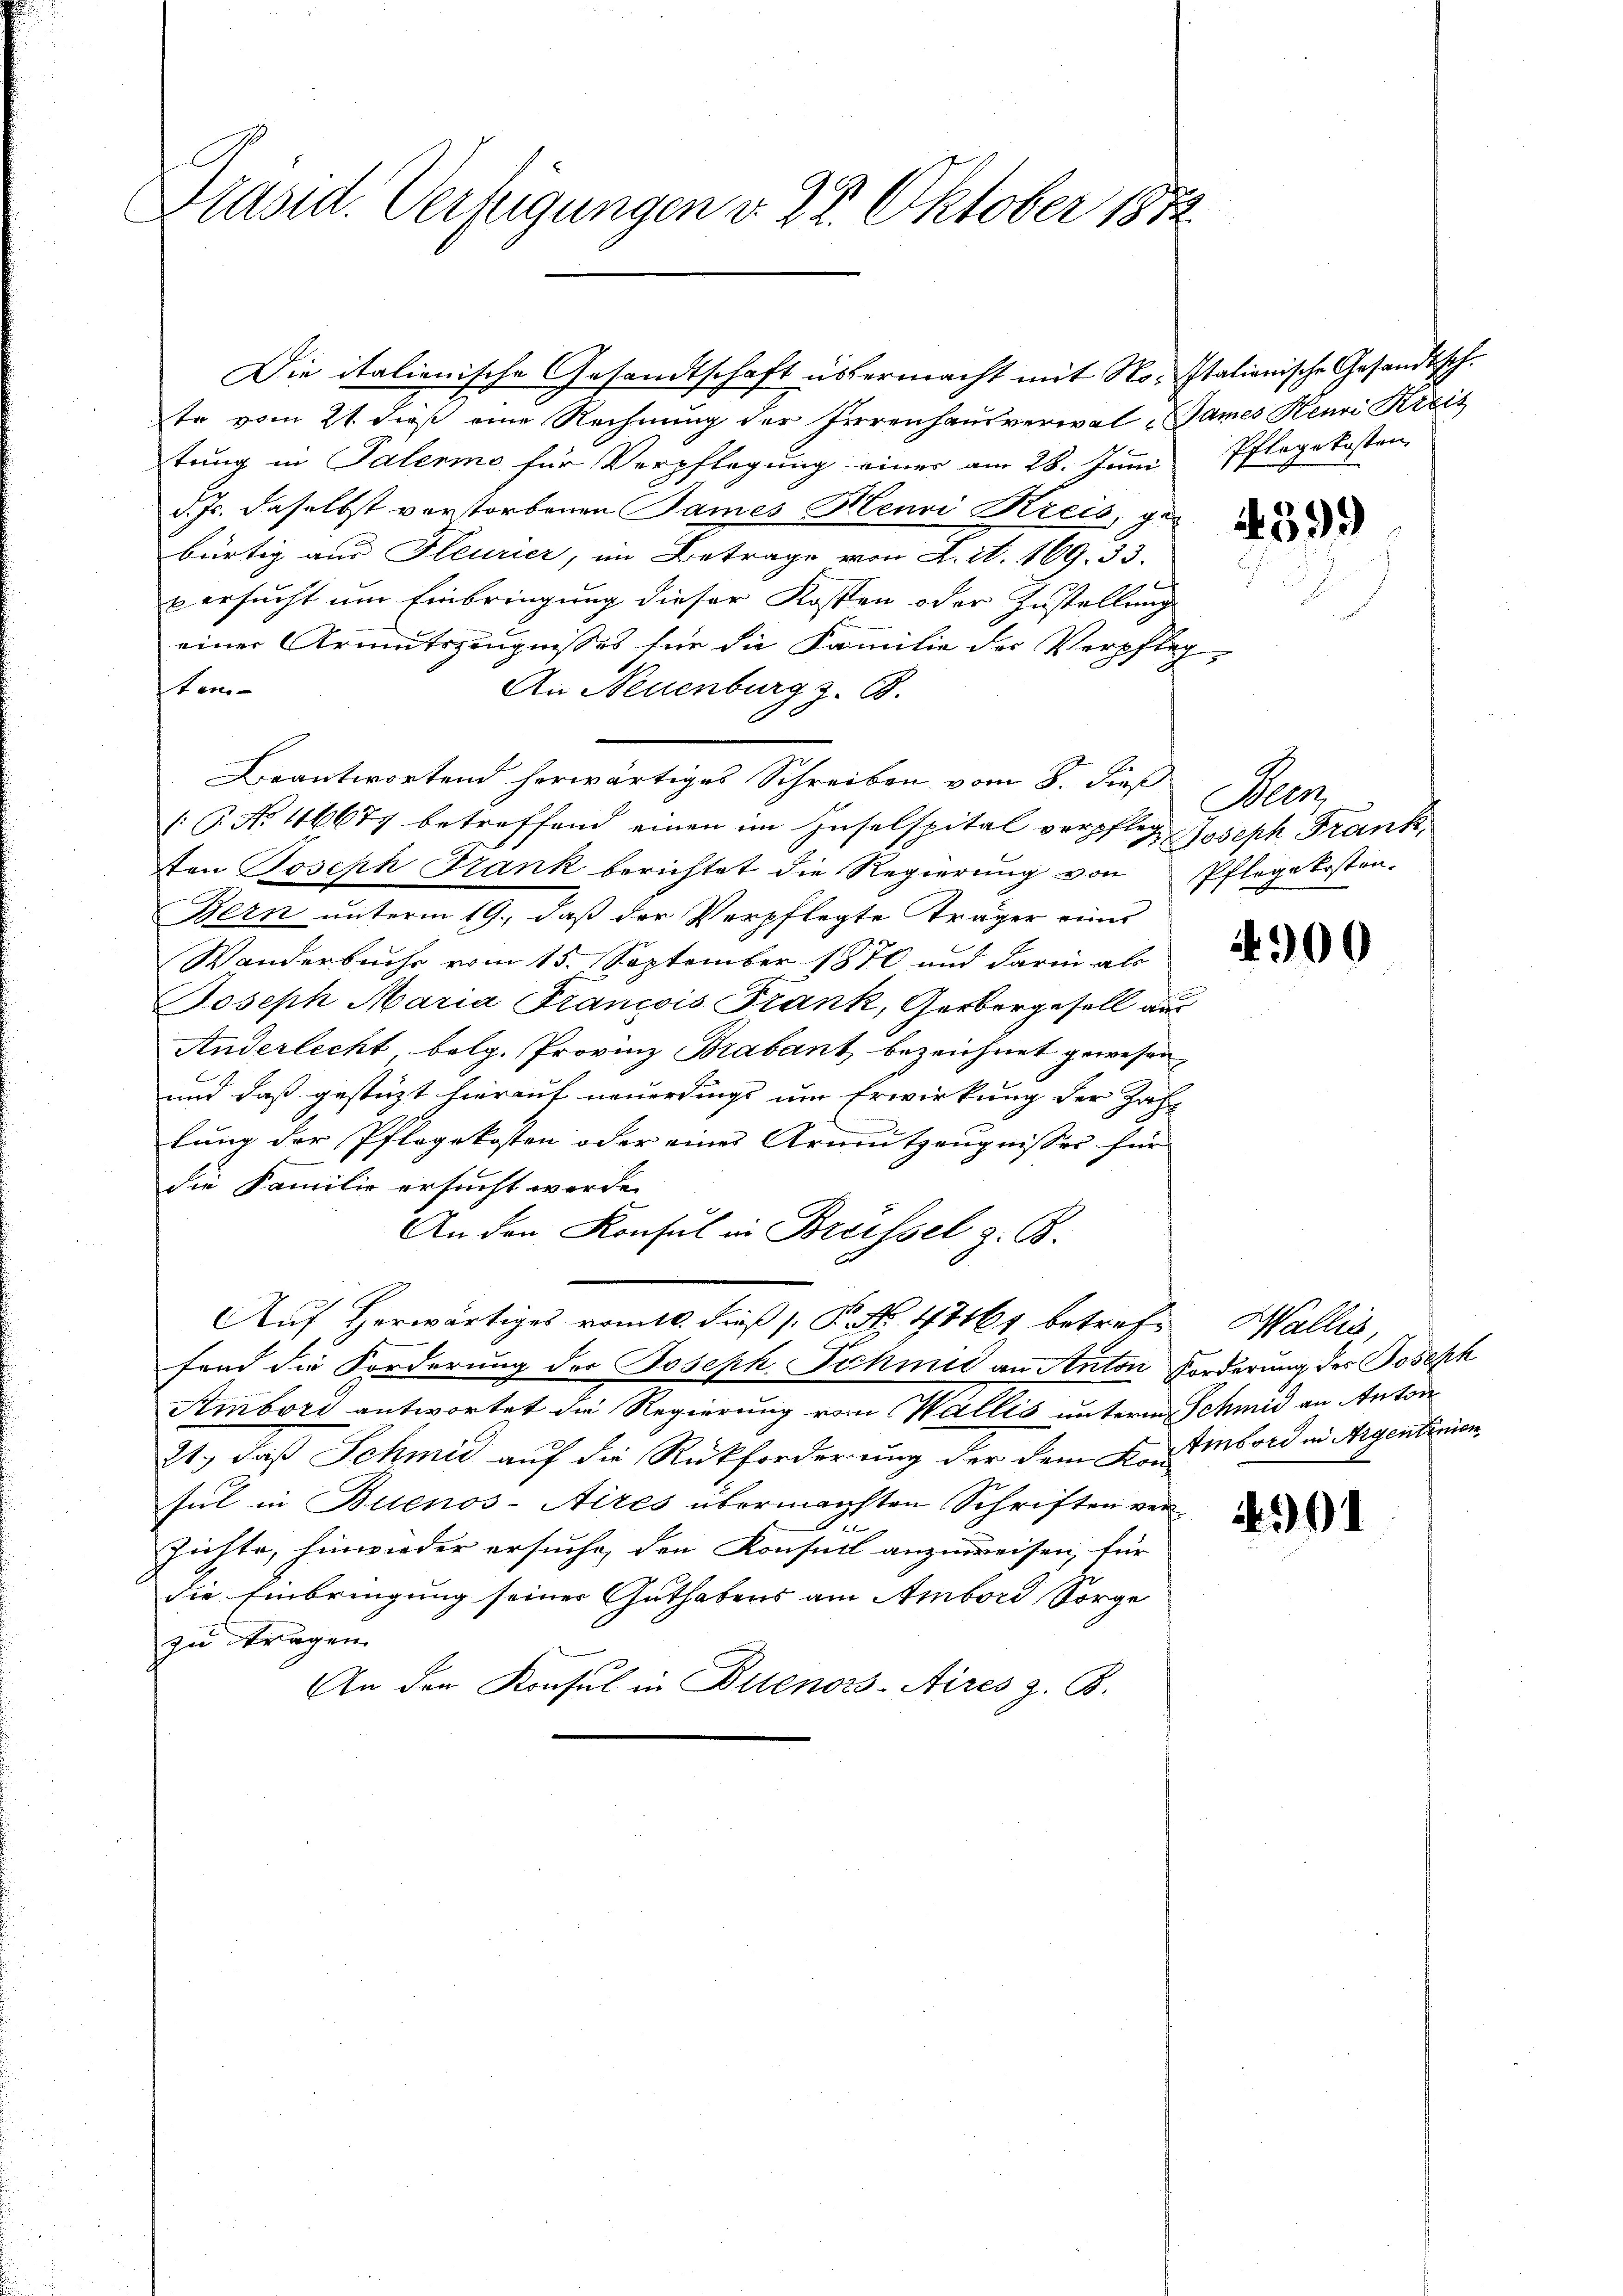
Präsid. Verfügungen v. 28. Oktober 1872.

Die italienische Gesandtschaft übermacht mit No. stationische Gesandtsch.
te vom 21. dieß eine Rechnung der Herrenhausverwal-James Henri Kreis
tung in Palermo für Verpflegung einer am 28. Juni
d. Js. daselbst vorstorbenen Sames Henri Kreis, gebürtig aus Fleurier, im Betrage von A. S. 169. 33.
versucht um Einbringung dieser Kosten oder Zustellung
einer Armutszeugnisses für die Familie der Verpfleg-
ten-
An Neuenburg z. B.
Beantwortend herwärtiges Schreiben vom 8. dieß
(G. No. 46677 betreffend einen im Inselspital verpflege Joseph Frank,
ten Joseph Frank berichtet die Regierung von Pflegekosten-
Bern unterm 19., daß der Verpflegte Träger eines
Wanderbuche vom 15. September 1870 und darin als
Joseph Maria Francois Frank, Gerbergesell aus
Anderlecht, belg. Provinz Brabant bezeichnet gewesen,
und daß gestüzt hierauf neuerdings um Erwirkung der Zahl
lung der Pflegekosten oder eines Arnutzeugnisses für
die Familie ersucht werde.
An den Konsul in Brüssel z. B.
Auf Herwärtiges vom 10. dieß P. Nr. 47461 betreff Wallis,
fend die Forderung der Joseph Schmid an Anton Forderung des Joseph
Ambord antwortet die Regierung vom Wallis unterm Schmid an Anton
21., daß Schmid auf die Rückforderung der dem Don Embord in Argentinien
sul in Buenos-Aires übermansten Schriften vert
Züchte, hinwieder ersuche, den Konseil anzuweisen, für
die Einbringung seiner Guthabens am Ambord, Sorge
zu tragen.
An den Konsul in Buenos-Aires z. B.

Pflegekosten,

4399

Aerz

4900

4991